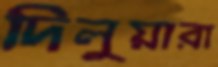
দিলুয়ারা